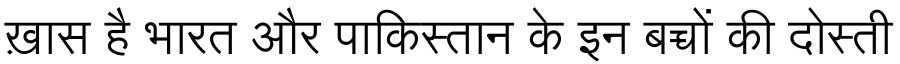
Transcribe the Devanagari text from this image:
ख़ास है भारत और पाकिस्तान के इन बच्चों की दोस्ती